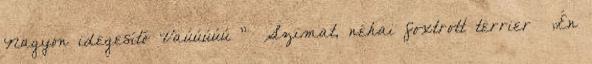
Nagyon idegesítő Vaúúúúú ” Szimat, néhai foxtrott terrier „Én